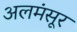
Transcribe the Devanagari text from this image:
अलमंसूर